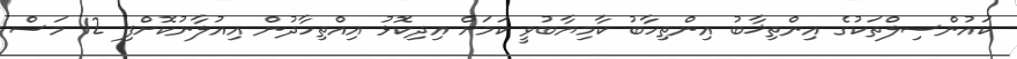
ކައުންސިލްތަކުގެ އިންތިޚާބު އިންތިހާބު ކާމިޔާބުވީ ކަމަށް އިދިކޮޅު އިއްތިހާދުން އިއުލާނުކޮށްފި 12 މަސް